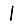
Digit: 1